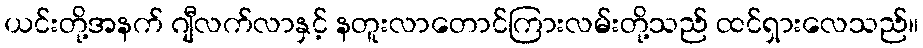
ယင်းတို့အနက် ဂျီလက်လာနှင့် နတူးလာတောင်ကြားလမ်းတို့သည် ထင်ရှားလေသည်။